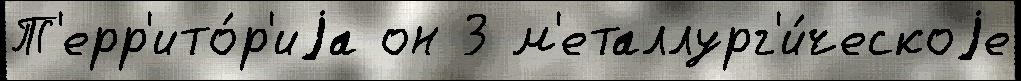
Т'ерр'ито́р'иjа он 3 м'еталлург'и́ческоjе